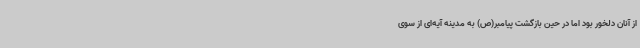
از آنان دلخور بود اما در حین بازگشت پیامبر(ص) به مدینه آیه‌ای از سوی